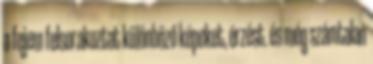
a fejem felsorakoztat különböző képeket, érzést. és még számtalan